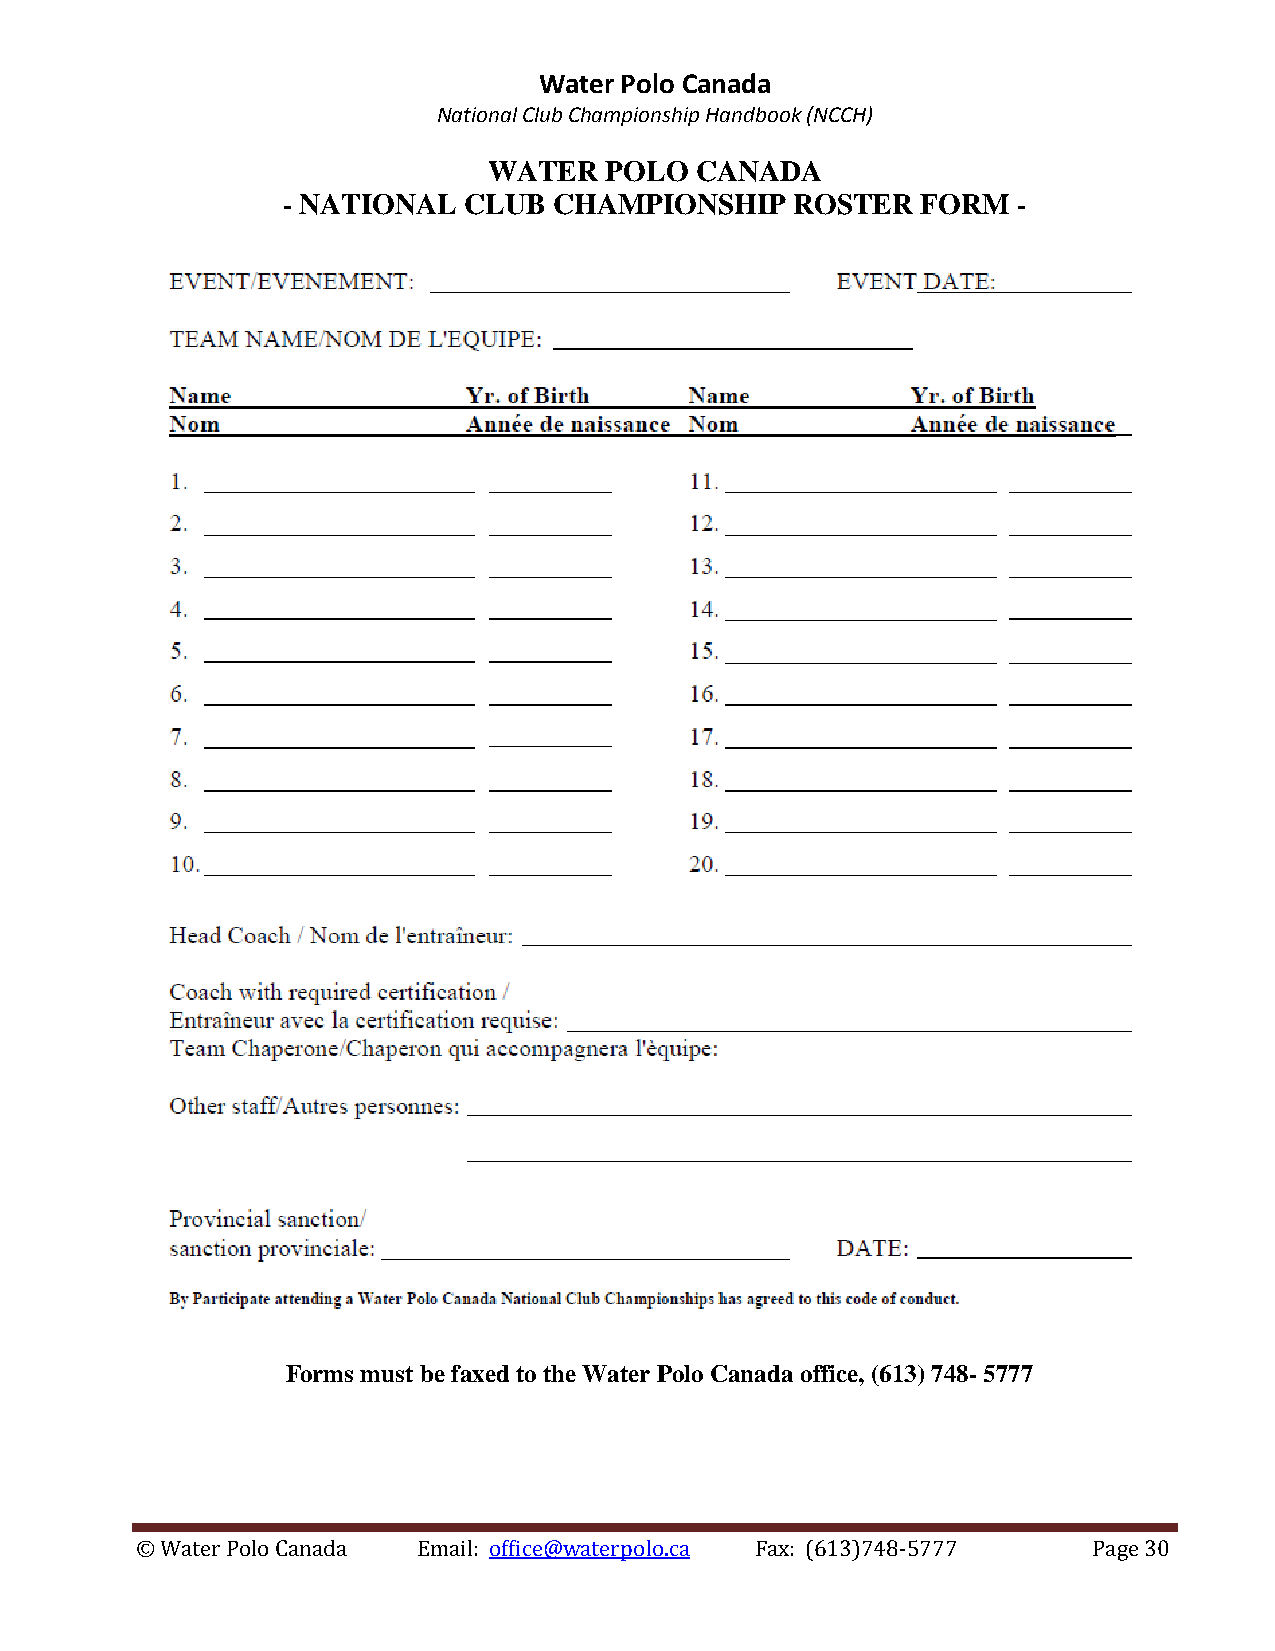
Water Polo Canada
 National Club Championship Handbook (NCCH)
 WATER   POLO  CANADA
 - NATIONAL  CLUB  CHAMPIONSHIP    ROSTER  FORM  -
 Forms must be faxed to the Water Polo Canada office, (613) 748- 5777
 © Water Polo Canada Email: office@waterpolo.ca Fax: (613)748-5777 Page 30